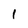
Character: 1